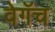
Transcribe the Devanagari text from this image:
वेगॅच